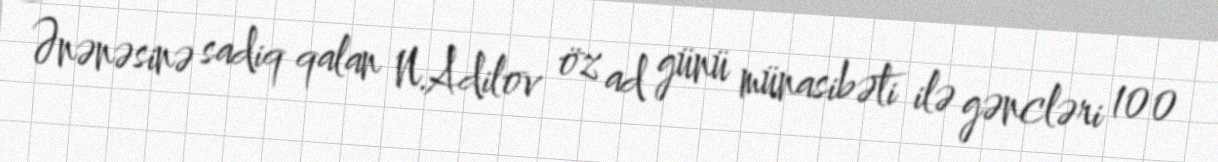
Ənənəsinə sadiq qalan N.Adilov öz ad günü münasibəti ilə gəncləri 100